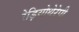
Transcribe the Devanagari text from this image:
रेड़ियोथेरेपी